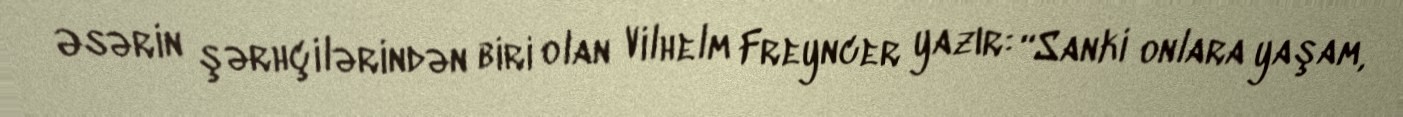
Əsərin şərhçilərindən biri olan Vilhelm Freyncer yazır: “Sanki onlara yaşam,